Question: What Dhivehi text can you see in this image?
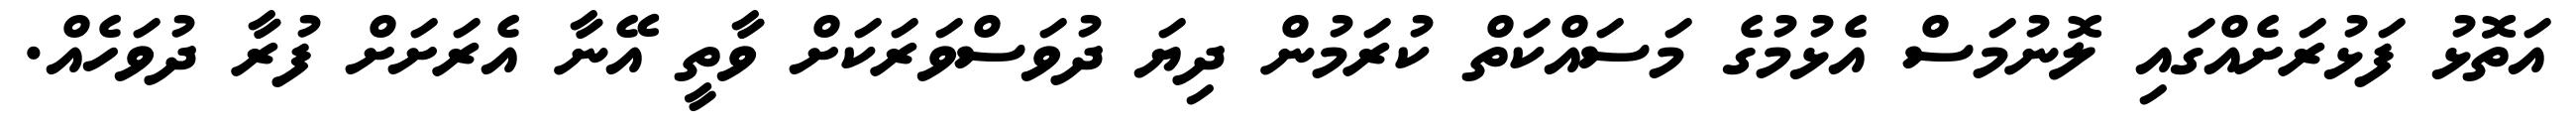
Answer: އަތޮޅު ފަޅުރަށެއްގައި ލޮނުމަސް އެޅުމުގެ މަސައްކަތް ކުރަމުން ދިޔަ ދުވަސްވަރަކަށް ވާތީ އޭނާ އެރަށަށް ފުރާ ދުވަހެއް.